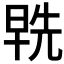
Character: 𭦞